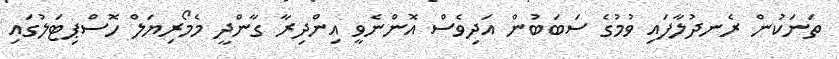
ތަނަކުން ރެނދުލާފައި ވުމުގެ ސަބަބުން އަދިވެސް އޮންނެވީ އިންދިރާ ގާންދީ މެމޯރިޔަލް ހޮސްޕިޓަލުގައި